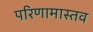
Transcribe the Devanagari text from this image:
परिणामास्तव